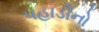
પહાડીનો